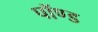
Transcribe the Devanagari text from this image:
पॉण्ड